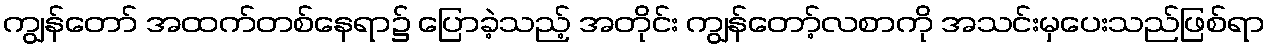
ကျွန်တော် အထက်တစ်နေရာ၌ ပြောခဲ့သည့် အတိုင်း ကျွန်တော့်လစာကို အသင်းမှပေးသည်ဖြစ်ရာ